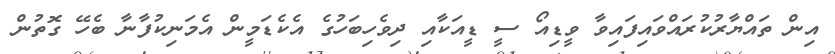
އިން ތައްޔާރުކުރައްވައިފައިވާ ވީޑިއޯ ސީ ޑީއަކާއި ދިވެހިބަހުގެ އެކެޑަމީން އެމަނިކުފާނާ ބެހޭ ގޮތުން